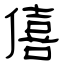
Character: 僖